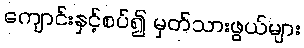
ကျောင်းနှင့်စပ်၍ မှတ်သားဖွယ်များ